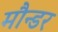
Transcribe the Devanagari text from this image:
मौन्डर